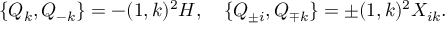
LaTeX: \{ Q _ { k } , Q _ { - k } \} = - ( 1 , k ) ^ { 2 } H , \quad \{ Q _ { \pm i } , Q _ { \mp k } \} = \pm ( 1 , k ) ^ { 2 } X _ { i k } .